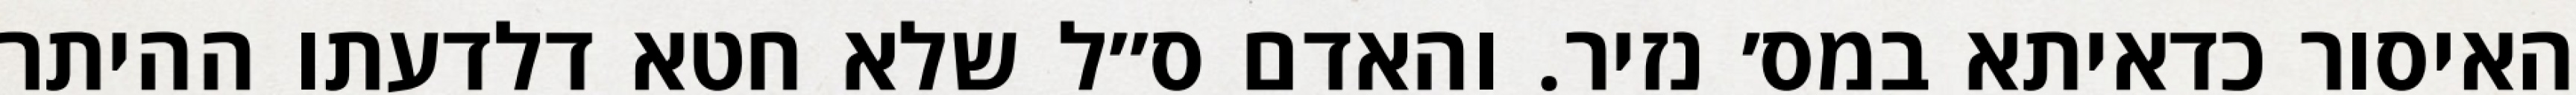
האיסור כדאיתא במס׳ נזיר. והאדם ס״ל שלא חטא דלדעתו ההיתר